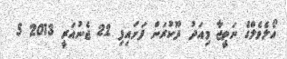
އޯލެވެލްގެ ނަތީޖާ މިއަދު ދޫކުރަން ފަށައިފިި 22 ޖެނުއަރީ 2013 5